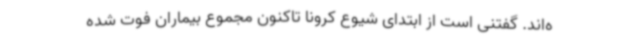
ه‌اند. گفتنی است از ابتدای شیوع کرونا تاکنون مجموع بیماران فوت شده